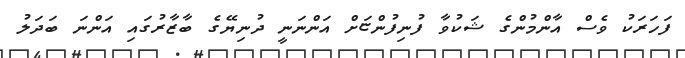
ފަހަރަކު ވެސް އާންމުންގެ ޝަކުވާ ފުނިފުންޏަށް އަންނަނީ ދުނިޔޭގެ ބާޒާރުގައި އަންނަ ބަދަލު